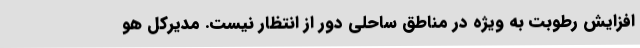
افزایش رطوبت به ویژه در مناطق ساحلی دور از انتظار نیست. مدیرکل هو